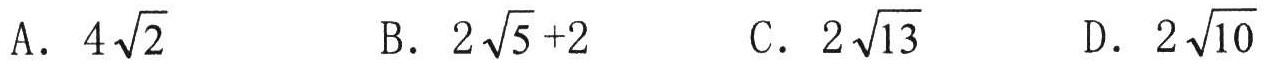
A. \(4\sqrt{2}\)
B. \(2\sqrt{5}+2\)
C. \(2\sqrt{13}\)
D. \(2\sqrt{10}\)